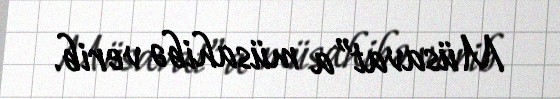
Müsavat”a müsahibə verib.